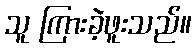
သူ ကြားခဲ့ဖူးသည်။